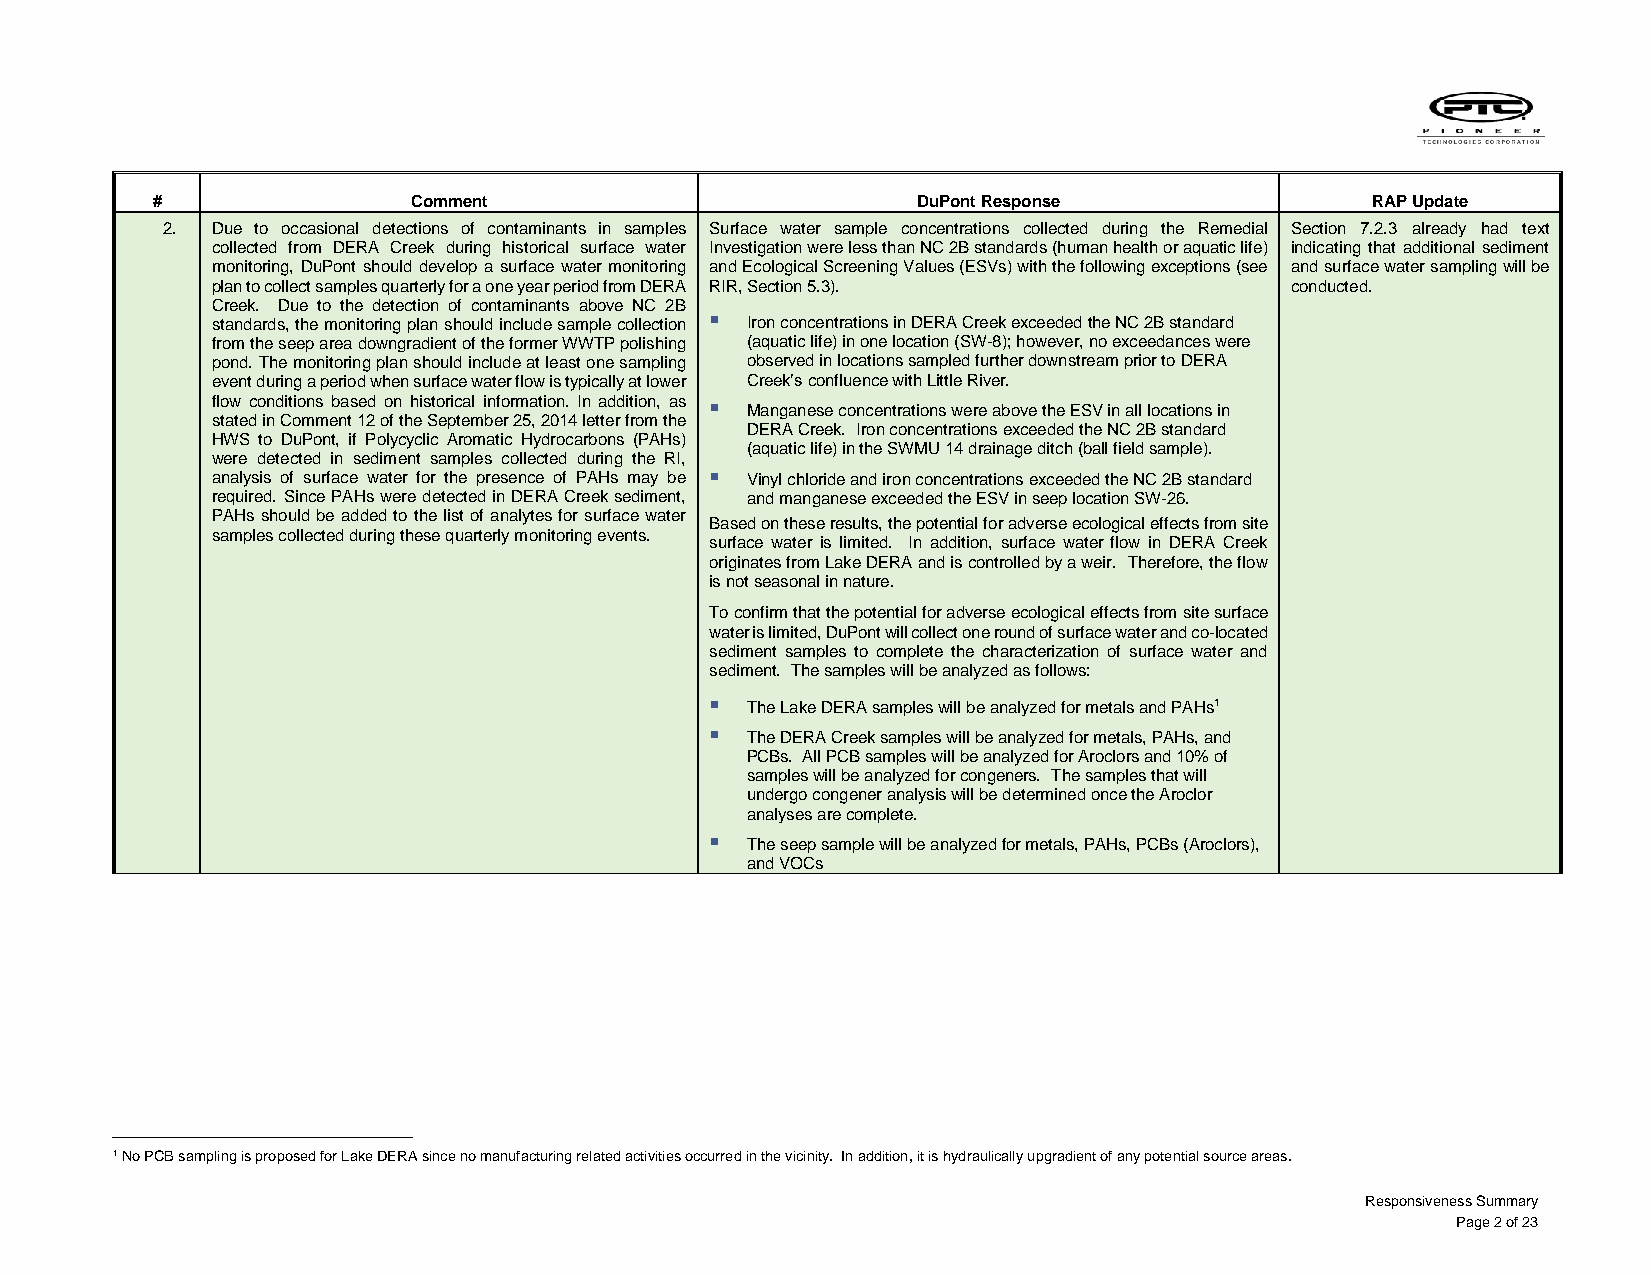
#                Comment                           DuPont Response               RAP Update
 2. Due to occasional detections of contaminants in samples Surface water sample concentrations collected during the Remedial Section 7.2.3 already had text
 collected from DERA Creek during historical surface water Investigation were less than NC 2B standards (human health or aquatic life) indicating that additional sediment
 monitoring, DuPont should develop a surface water monitoring and Ecological Screening Values (ESVs) with the following exceptions (see and surface water sampling will be
 plan to collect samples quarterly for a one year period from DERA RIR, Section 5.3). conducted.
 Creek. Due to the detection of contaminants above NC 2B
 standards, the monitoring plan should include sample collection  Iron concentrations in DERA Creek exceeded the NC 2B standard
 from the seep area downgradient of the former WWTP polishing (aquatic life) in one location (SW-8); however, no exceedances were
 pond. The monitoring plan should include at least one sampling observed in locations sampled further downstream prior to DERA
 event during a period when surface water flow is typically at lower Creek’s confluence with Little River.
 flow conditions based on historical information. In addition, as  Manganese concentrations were above the ESV in all locations in
 stated in Comment 12 of the September 25, 2014 letter from the
 DERA Creek. Iron concentrations exceeded the NC 2B standard
 HWS to DuPont, if Polycyclic Aromatic Hydrocarbons (PAHs)
 (aquatic life) in the SWMU 14 drainage ditch (ball field sample).
 were detected in sediment samples collected during the RI,
 analysis of surface water for the presence of PAHs may be  Vinyl chloride and iron concentrations exceeded the NC 2B standard
 required. Since PAHs were detected in DERA Creek sediment, and manganese exceeded the ESV in seep location SW-26.
 PAHs should be added to the list of analytes for surface water
 Based on these results, the potential for adverse ecological effects from site
 samples collected during these quarterly monitoring events.
 surface water is limited. In addition, surface water flow in DERA Creek
 originates from Lake DERA and is controlled by a weir. Therefore, the flow
 is not seasonal in nature.
 To confirm that the potential for adverse ecological effects from site surface
 water is limited, DuPont will collect one round of surface water and co-located
 sediment samples to complete the characterization of surface water and
 sediment. The samples will be analyzed as follows:
  The Lake DERA samples will be analyzed for metals and PAHs1
  The DERA Creek samples will be analyzed for metals, PAHs, and
 PCBs. All PCB samples will be analyzed for Aroclors and 10% of
 samples will be analyzed for congeners. The samples that will
 undergo congener analysis will be determined once the Aroclor
 analyses are complete.
  The seep sample will be analyzed for metals, PAHs, PCBs (Aroclors),
 and VOCs
 1 No PCB sampling is proposed for Lake DERA since no manufacturing related activities occurred in the vicinity. In addition, it is hydraulically upgradient of any potential source areas.
 Responsiveness Summary
 Page 2 of 23